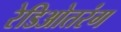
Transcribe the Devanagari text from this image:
रेडिओतरंग